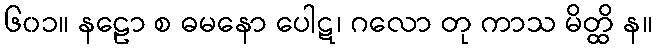
၆၀၁။ နဠော စ ဓမနော ပေါဋ၊ ဂလော တု ကာသ မိတ္ထိ န။